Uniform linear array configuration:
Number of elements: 32
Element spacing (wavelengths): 0.25
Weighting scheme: binomial
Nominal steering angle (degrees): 45
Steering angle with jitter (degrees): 43.389
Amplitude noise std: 0.05
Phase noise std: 0.05

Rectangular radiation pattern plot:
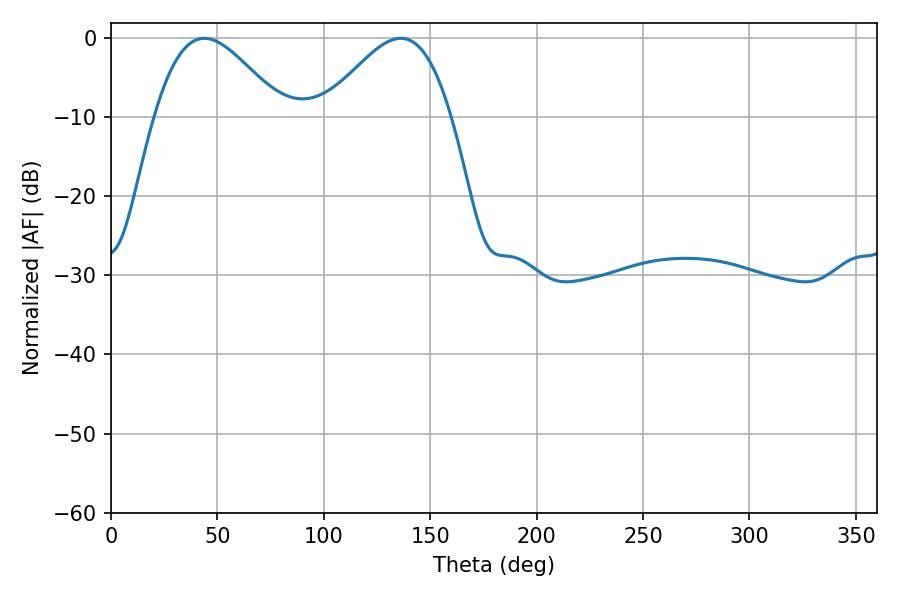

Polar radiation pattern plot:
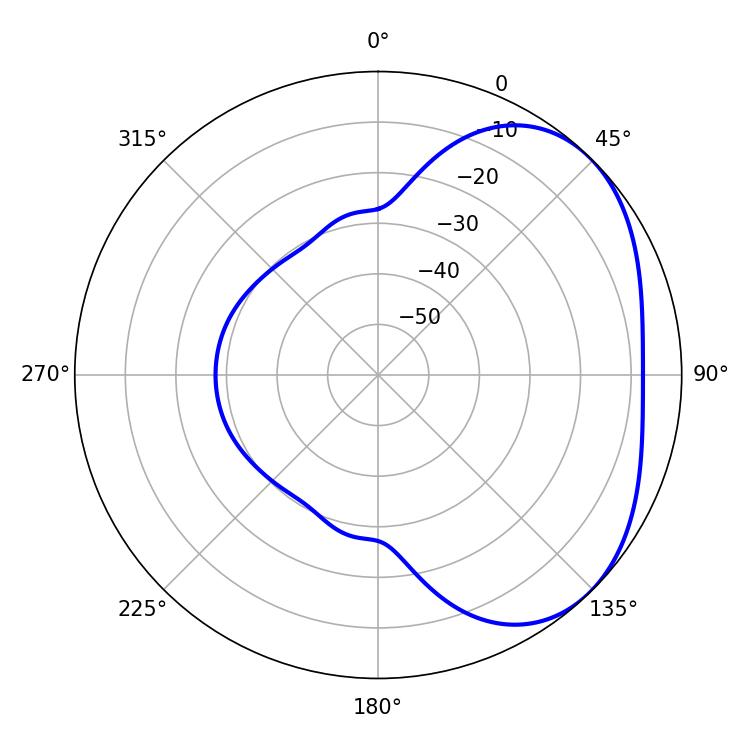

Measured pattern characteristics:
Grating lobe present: FALSE
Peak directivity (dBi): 3.335
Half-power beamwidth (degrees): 31.86
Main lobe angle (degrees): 43.92